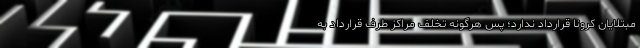
مبتلایان کرونا قرارداد ندارد؛ پس هرگونه تخلف مراکز طرف قرارداد به